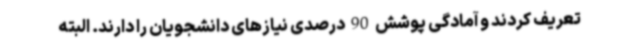
تعریف کردند و آمادگی پوشش 90 درصدی نیازهای دانشجویان را دارند. البته